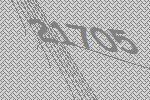
21705